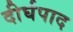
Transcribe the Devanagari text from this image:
दीर्घपाद